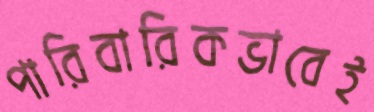
পারিবারিকভাবেই